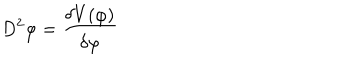
D ^ { 2 } \varphi = \frac { \delta V ( \varphi ) } { \delta \varphi }